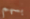
بسهم